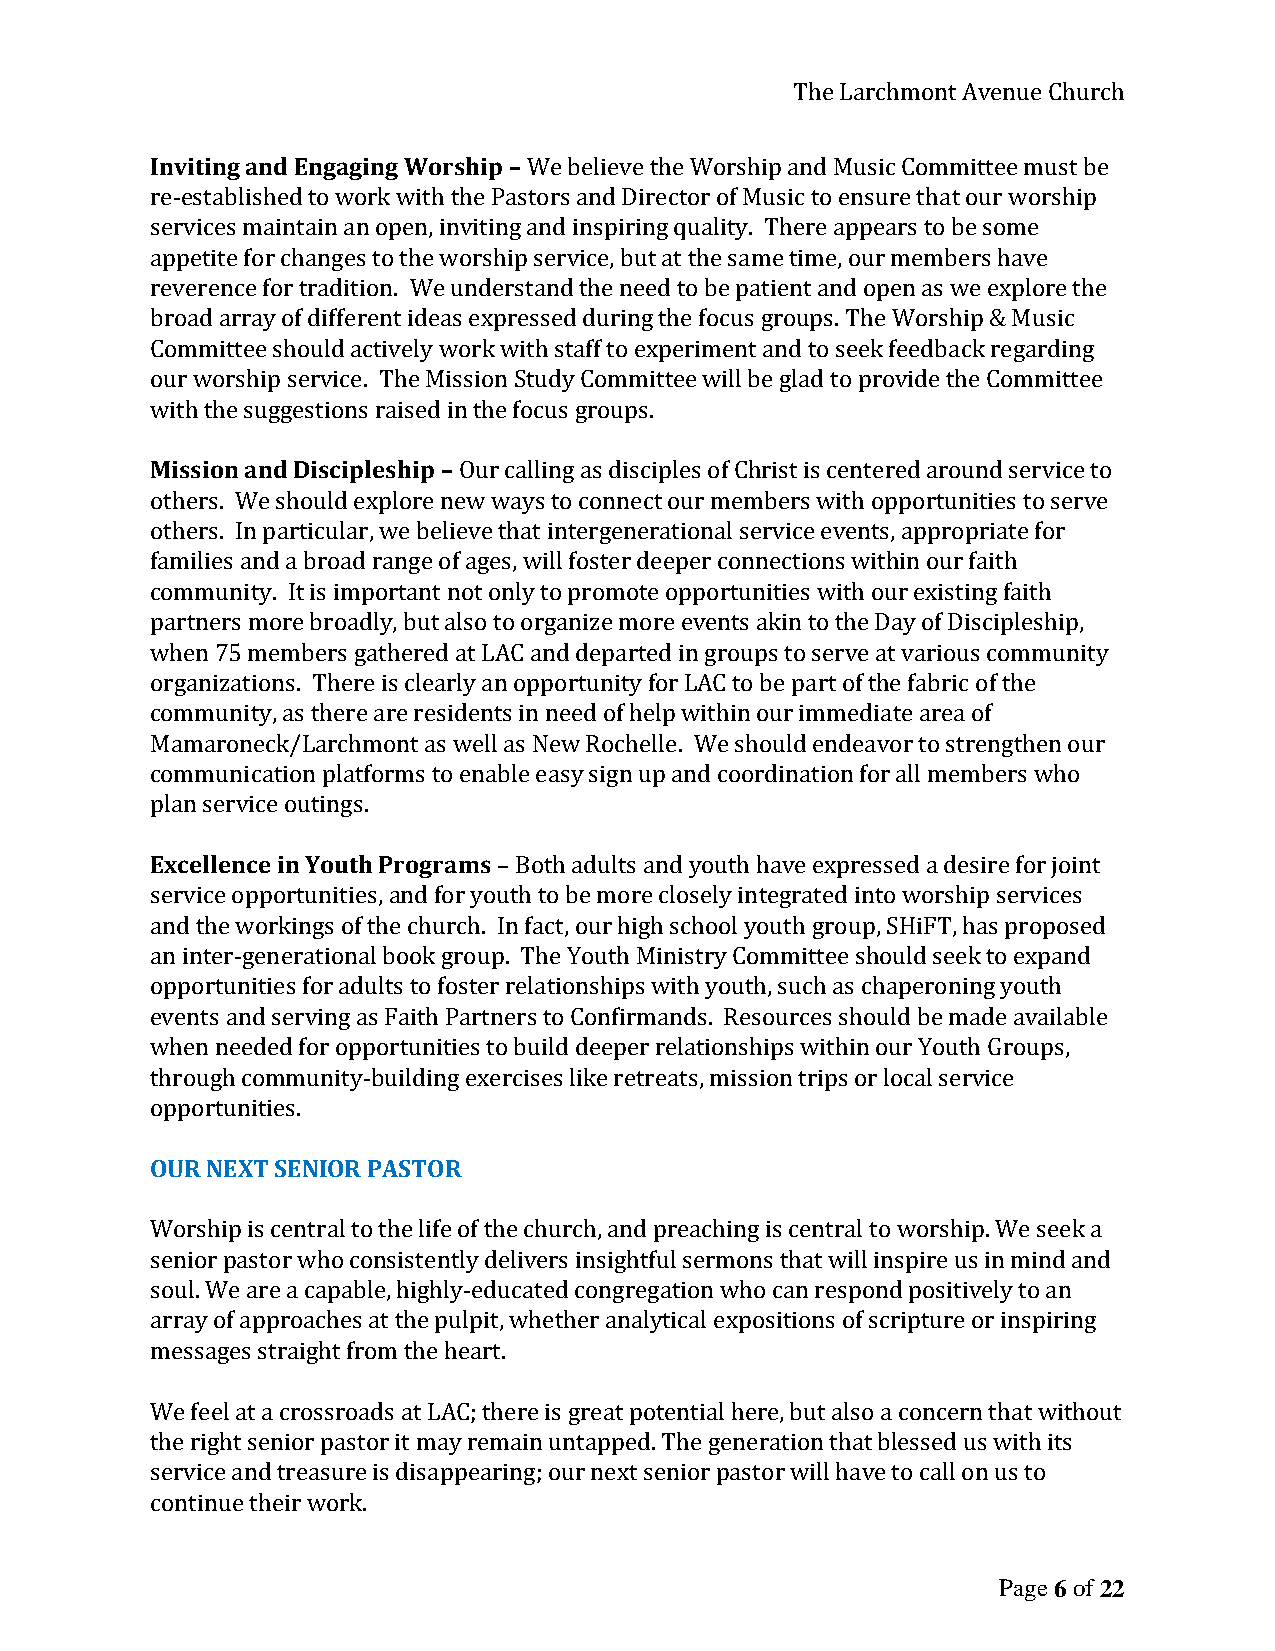
The Larchmont Avenue Church
 Inviting and Engaging Worship – We believe the Worship and Music Committee must be
 re-established to work with the Pastors and Director of Music to ensure that our worship
 services maintain an open, inviting and inspiring quality. There appears to be some
 appetite for changes to the worship service, but at the same time, our members have
 reverence for tradition. We understand the need to be patient and open as we explore the
 broad array of different ideas expressed during the focus groups. The Worship & Music
 Committee should actively work with staff to experiment and to seek feedback regarding
 our worship service. The Mission Study Committee will be glad to provide the Committee
 with the suggestions raised in the focus groups.
 Mission and Discipleship – Our calling as disciples of Christ is centered around service to
 others. We should explore new ways to connect our members with opportunities to serve
 others. In particular, we believe that intergenerational service events, appropriate for
 families and a broad range of ages, will foster deeper connections within our faith
 community. It is important not only to promote opportunities with our existing faith
 partners more broadly, but also to organize more events akin to the Day of Discipleship,
 when 75 members gathered at LAC and departed in groups to serve at various community
 organizations. There is clearly an opportunity for LAC to be part of the fabric of the
 community, as there are residents in need of help within our immediate area of
 Mamaroneck/Larchmont as well as New Rochelle. We should endeavor to strengthen our
 communication platforms to enable easy sign up and coordination for all members who
 plan service outings.
 Excellence in Youth Programs – Both adults and youth have expressed a desire for joint
 service opportunities, and for youth to be more closely integrated into worship services
 and the workings of the church. In fact, our high school youth group, SHiFT, has proposed
 an inter-generational book group. The Youth Ministry Committee should seek to expand
 opportunities for adults to foster relationships with youth, such as chaperoning youth
 events and serving as Faith Partners to Confirmands. Resources should be made available
 when needed for opportunities to build deeper relationships within our Youth Groups,
 through community-building exercises like retreats, mission trips or local service
 opportunities.
 OUR NEXT SENIOR PASTOR
 Worship is central to the life of the church, and preaching is central to worship. We seek a
 senior pastor who consistently delivers insightful sermons that will inspire us in mind and
 soul. We are a capable, highly-educated congregation who can respond positively to an
 array of approaches at the pulpit, whether analytical expositions of scripture or inspiring
 messages straight from the heart.
 We feel at a crossroads at LAC; there is great potential here, but also a concern that without
 the right senior pastor it may remain untapped. The generation that blessed us with its
 service and treasure is disappearing; our next senior pastor will have to call on us to
 continue their work.
 Page 6 of 22